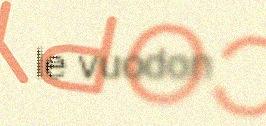
le vuodon